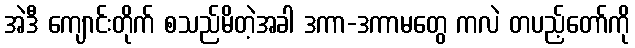
အဲဒီ ကျောင်းတိုက် စသည်မိတဲ့အခါ ဒကာ-ဒကာမတွေ ကလဲ တပည့်တော်ကို